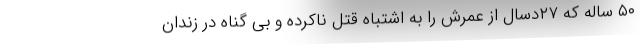
۵۰ ساله که ۲۷دسال از عمرش را به اشتباه قتل ناکرده و بی گناه در زندان